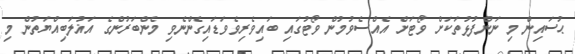
ޙުސައިން މި ނަންފުޅުތަކަށް ވޯޓަށް އެއްސެވުމުން ވޯޓުގައި ބައިވެރިވެވަޑައިގެންނެވި މެންބަރުންގެ އަޣުލަބިއްޔަތުން މި